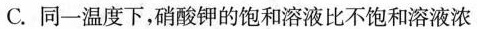
C.同一温度下，硝酸钾的饱和溶液比不饱和溶液浓